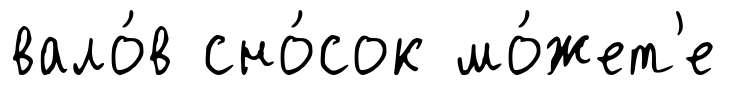
вало́в сно́сок мо́жет'е